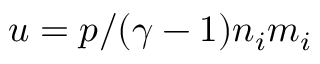
u = p / ( \gamma - 1 ) n _ { i } m _ { i }